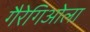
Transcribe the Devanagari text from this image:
गैरेगिओला